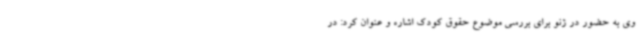
وی به حضور در ژنو برای بررسی موضوع حقوق کودک اشاره و عنوان کرد: در